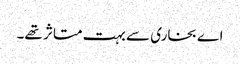
اے بخاری سے بہت متاثر تھے۔